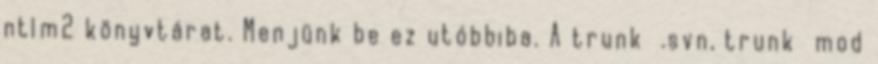
ntlm2 könyvtárat. Menjünk be ez utóbbiba. A trunk .svn, trunk mod